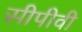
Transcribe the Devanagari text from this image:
सीपीवी